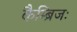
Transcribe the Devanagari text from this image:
कैम्ब्रिजः